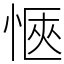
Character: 愜